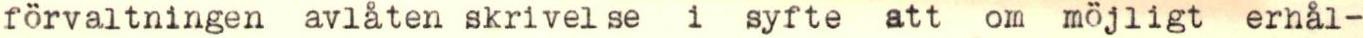
förvaltningen avlåten skrivelse i syfte att om möjligt erhål-